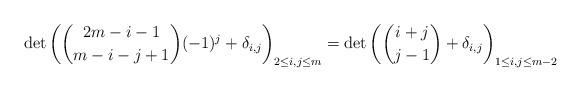
LaTeX: \begin{align*}\det \left( \binom{2m-i-1}{m-i-j+1}(-1)^{j}+\delta_{i,j} \right)_{2 \leq i,j \leq m} = \det \left( \binom{i+j}{j-1}+\delta_{i,j} \right)_{1 \leq i,j \leq m-2}\end{align*}